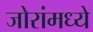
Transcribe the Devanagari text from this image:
जोरांमध्ये